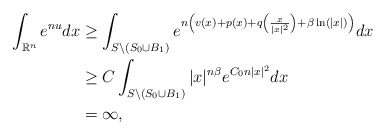
\begin{align*}\int_{\mathbb{R}^n}e^{nu}dx&\geq\int_{S\backslash (S_0\cup B_1)}e^{n\left(v(x)+p(x)+q\left(\frac{x}{|x|^2}\right)+\beta \ln(|x|)\right)}dx\\&\geq C\int_{S\backslash (S_0\cup B_1)}|x|^{n\beta}e^{C_0 n |x|^2}dx\\&=\infty,\end{align*}